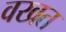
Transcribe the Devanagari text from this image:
वखत